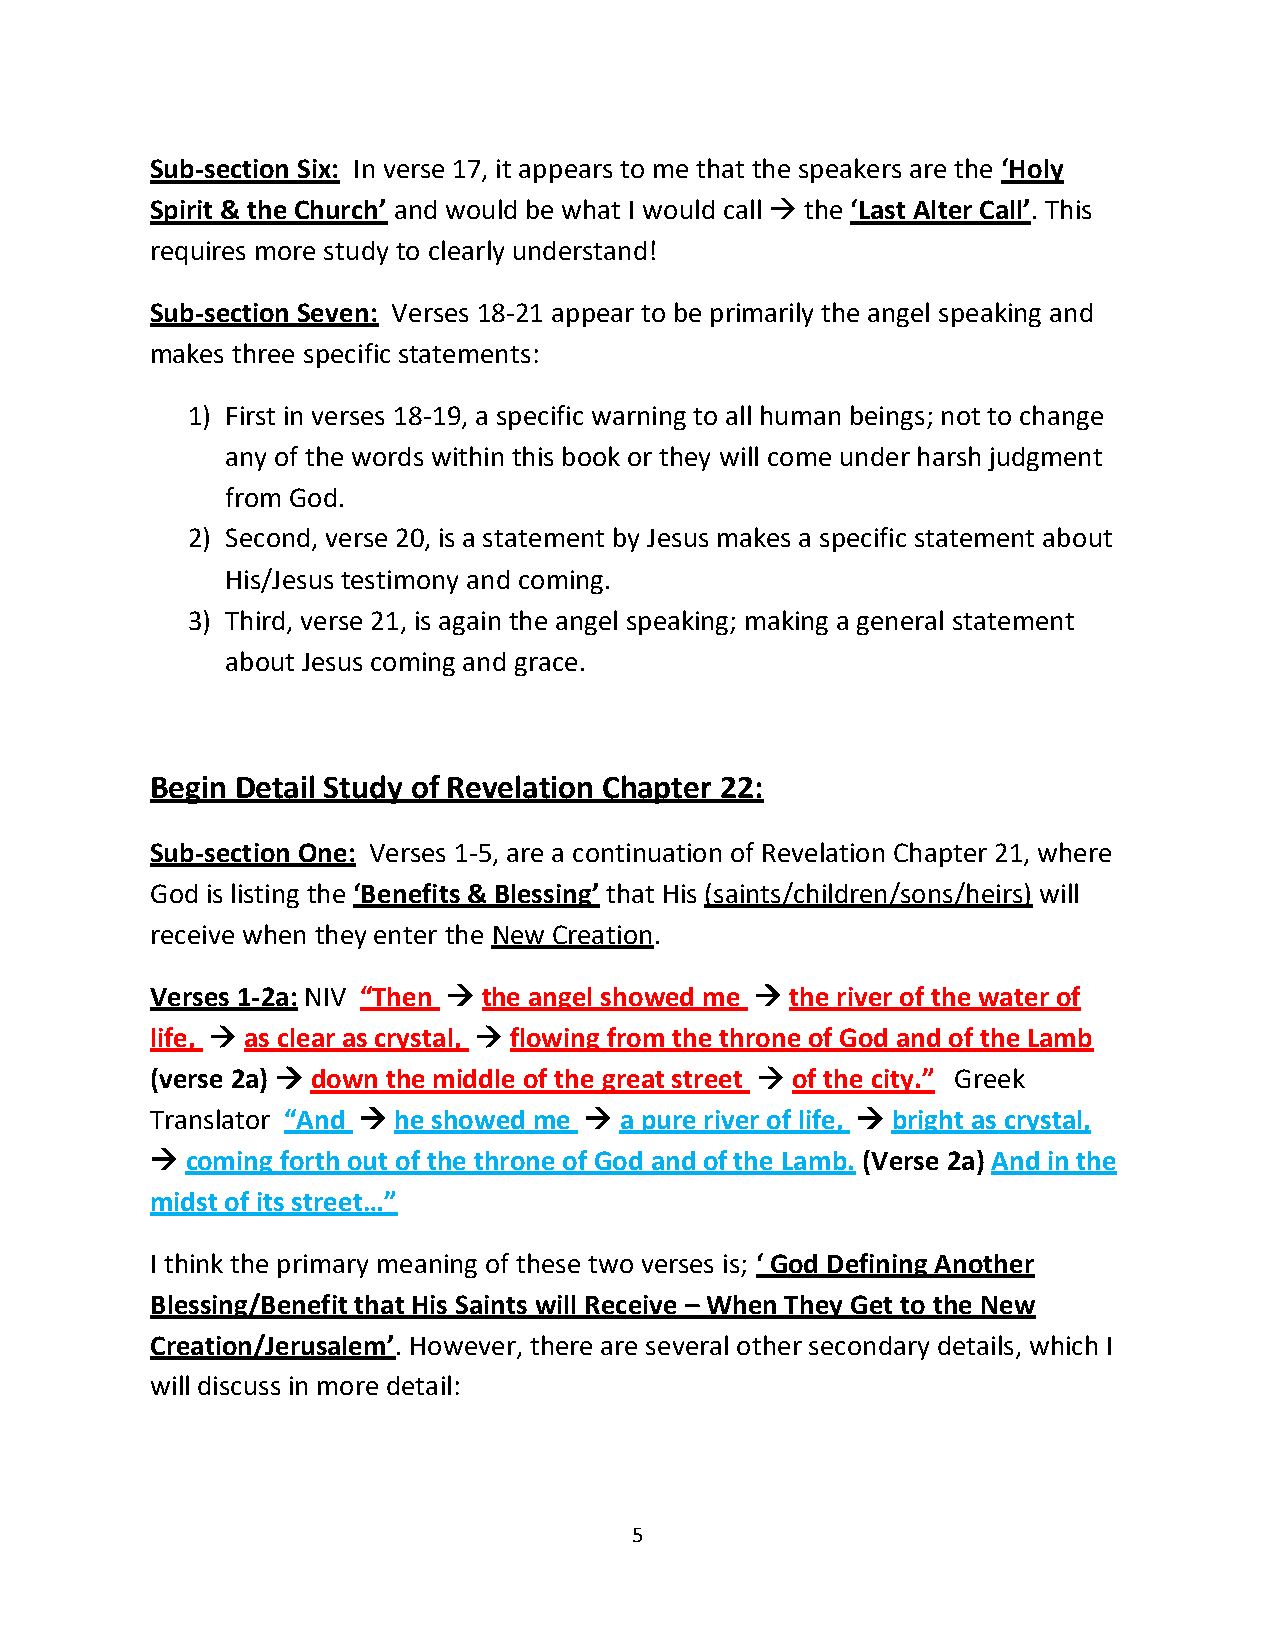
Sub-section Six: In verse 17, it appears to me that the speakers are the ‘Holy
 Spirit & the Church’ and would be what I would call → the ‘Last Alter Call’. This
 requires more study to clearly understand!
 Sub-section Seven: Verses 18-21 appear to be primarily the angel speaking and
 makes three specific statements:
 1) First in verses 18-19, a specific warning to all human beings; not to change
 any of the words within this book or they will come under harsh judgment
 from God.
 2) Second, verse 20, is a statement by Jesus makes a specific statement about
 His/Jesus testimony and coming.
 3) Third, verse 21, is again the angel speaking; making a general statement
 about Jesus coming and grace.
 Begin Detail Study of Revelation Chapter 22:
 Sub-section One: Verses 1-5, are a continuation of Revelation Chapter 21, where
 God is listing the ‘Benefits & Blessing’ that His (saints/children/sons/heirs) will
 receive when they enter the New Creation.
 Verses 1-2a: NIV “Then → the angel showed me → the river of the water of
 life, → as clear as crystal, → flowing from the throne of God and of the Lamb
 (verse 2a) → down the middle of the great street → of the city.” Greek
 Translator “And → he showed me → a pure river of life, → bright as crystal,
 → coming forth out of the throne of God and of the Lamb. (Verse 2a) And in the
 midst of its street…”
 I think the primary meaning of these two verses is; ‘ God Defining Another
 Blessing/Benefit that His Saints will Receive – When They Get to the New
 Creation/Jerusalem’. However, there are several other secondary details, which I
 will discuss in more detail:
 5